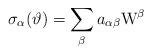
LaTeX: \begin{align*}\sigma_\alpha(\vartheta)=\sum_\beta a_{\alpha\beta} \mathrm{W}^\beta\end{align*}